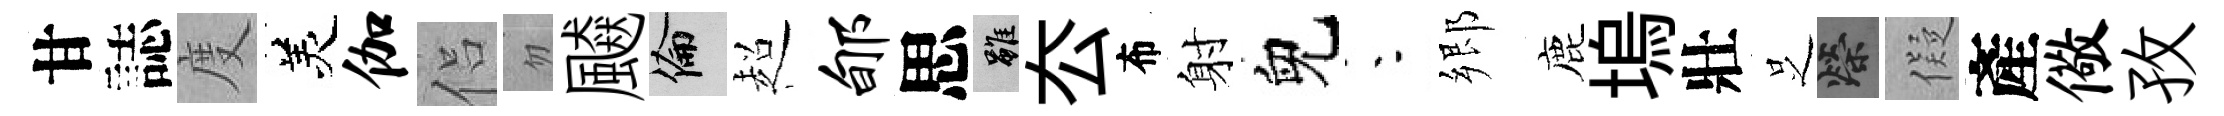
甘誌度羙伽侣忽飇倫超郇思雖厺布射兒朱郷鹿塢壯𠯁榮儗產儆孜